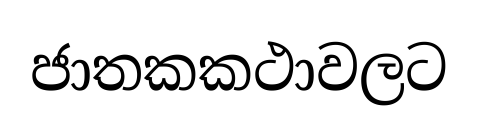
ජාතකකථාවලට